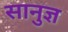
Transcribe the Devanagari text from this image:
सानुज्ञ